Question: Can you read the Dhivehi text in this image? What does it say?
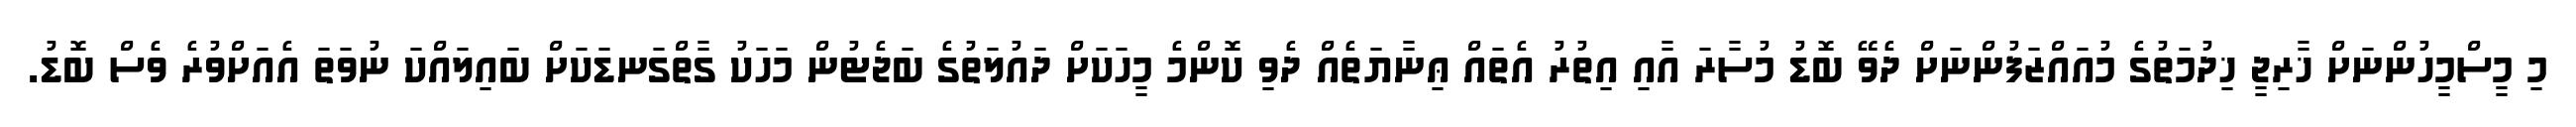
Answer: މި މީސްމީހުންނަށް ޚާރިޖީ ޚިދުމަތުގެ މުއައްޒަފުންނަށް ދެވޭ ބޮޑު މުސާރަ އާއި އިތުރު އެތައް ޢިނާޔަތެއް ދެވި ކޮންމެ މީހަކަށް ދައުލަތުގެ ބަޖެޓުން މަހަކު ގާތްގަނޑަކަށް ބައިލައްކަ ނުވަތަ އެއަށްވުރެ ވެސް ބޮޑު.